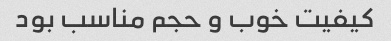
کیفیت خوب و حجم مناسب بود